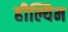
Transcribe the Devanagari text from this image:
हील्यिम